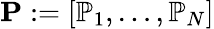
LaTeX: \mathbf{P}:=[\mathbb{P}_{1},\dots,\mathbb{P}_{N}]